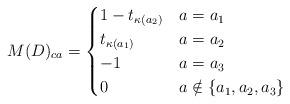
LaTeX: \begin{align*}M(D)_{ca}=\begin{cases}1-t_{\kappa(a_2)} & a=a_1 \\t_{\kappa(a_1)} & a=a_2 \\-1 & a=a_3 \\0 & a \notin\{a_1,a_2,a_3\}\end{cases}\end{align*}